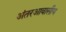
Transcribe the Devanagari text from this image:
अंतरआवासीय